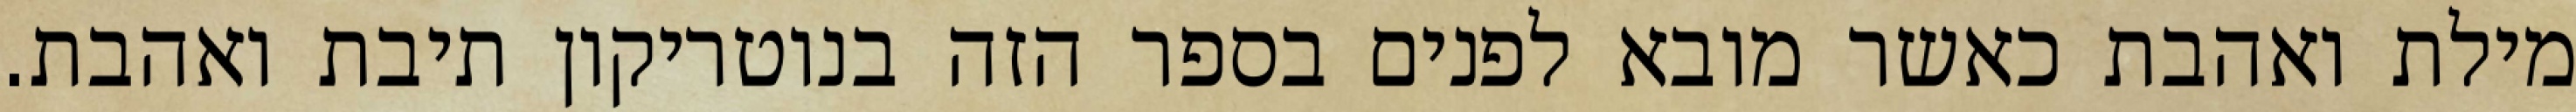
מילת ואהבת כאשר מובא לפנים בספר הזה בנוטריקון תיבת ואהבת.